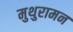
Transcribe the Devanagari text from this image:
मुथुरामन